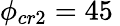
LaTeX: \phi_{cr2}=45\